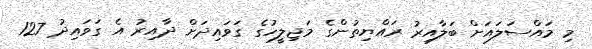
މި މައްސަލައަށް ބަލާއިރު ރައްޔިތުންގެ މަޖިލީހުގެ ގަވައިދަށް ދާއިރު އެ ގަވައިދު 127